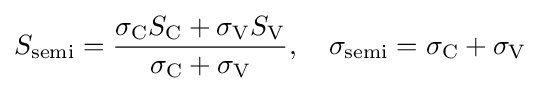
S_{\rm {semi}}={\frac {\sigma _{\rm {C}}S_{\rm {C}}+\sigma _{\rm {V}}S_{\rm {V}}}{\sigma _{\rm {C}}+\sigma _{\rm {V}}}},\quad \sigma _{\rm {semi}}=\sigma _{\rm {C}}+\sigma _{\rm {V}}